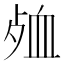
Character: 𮕞